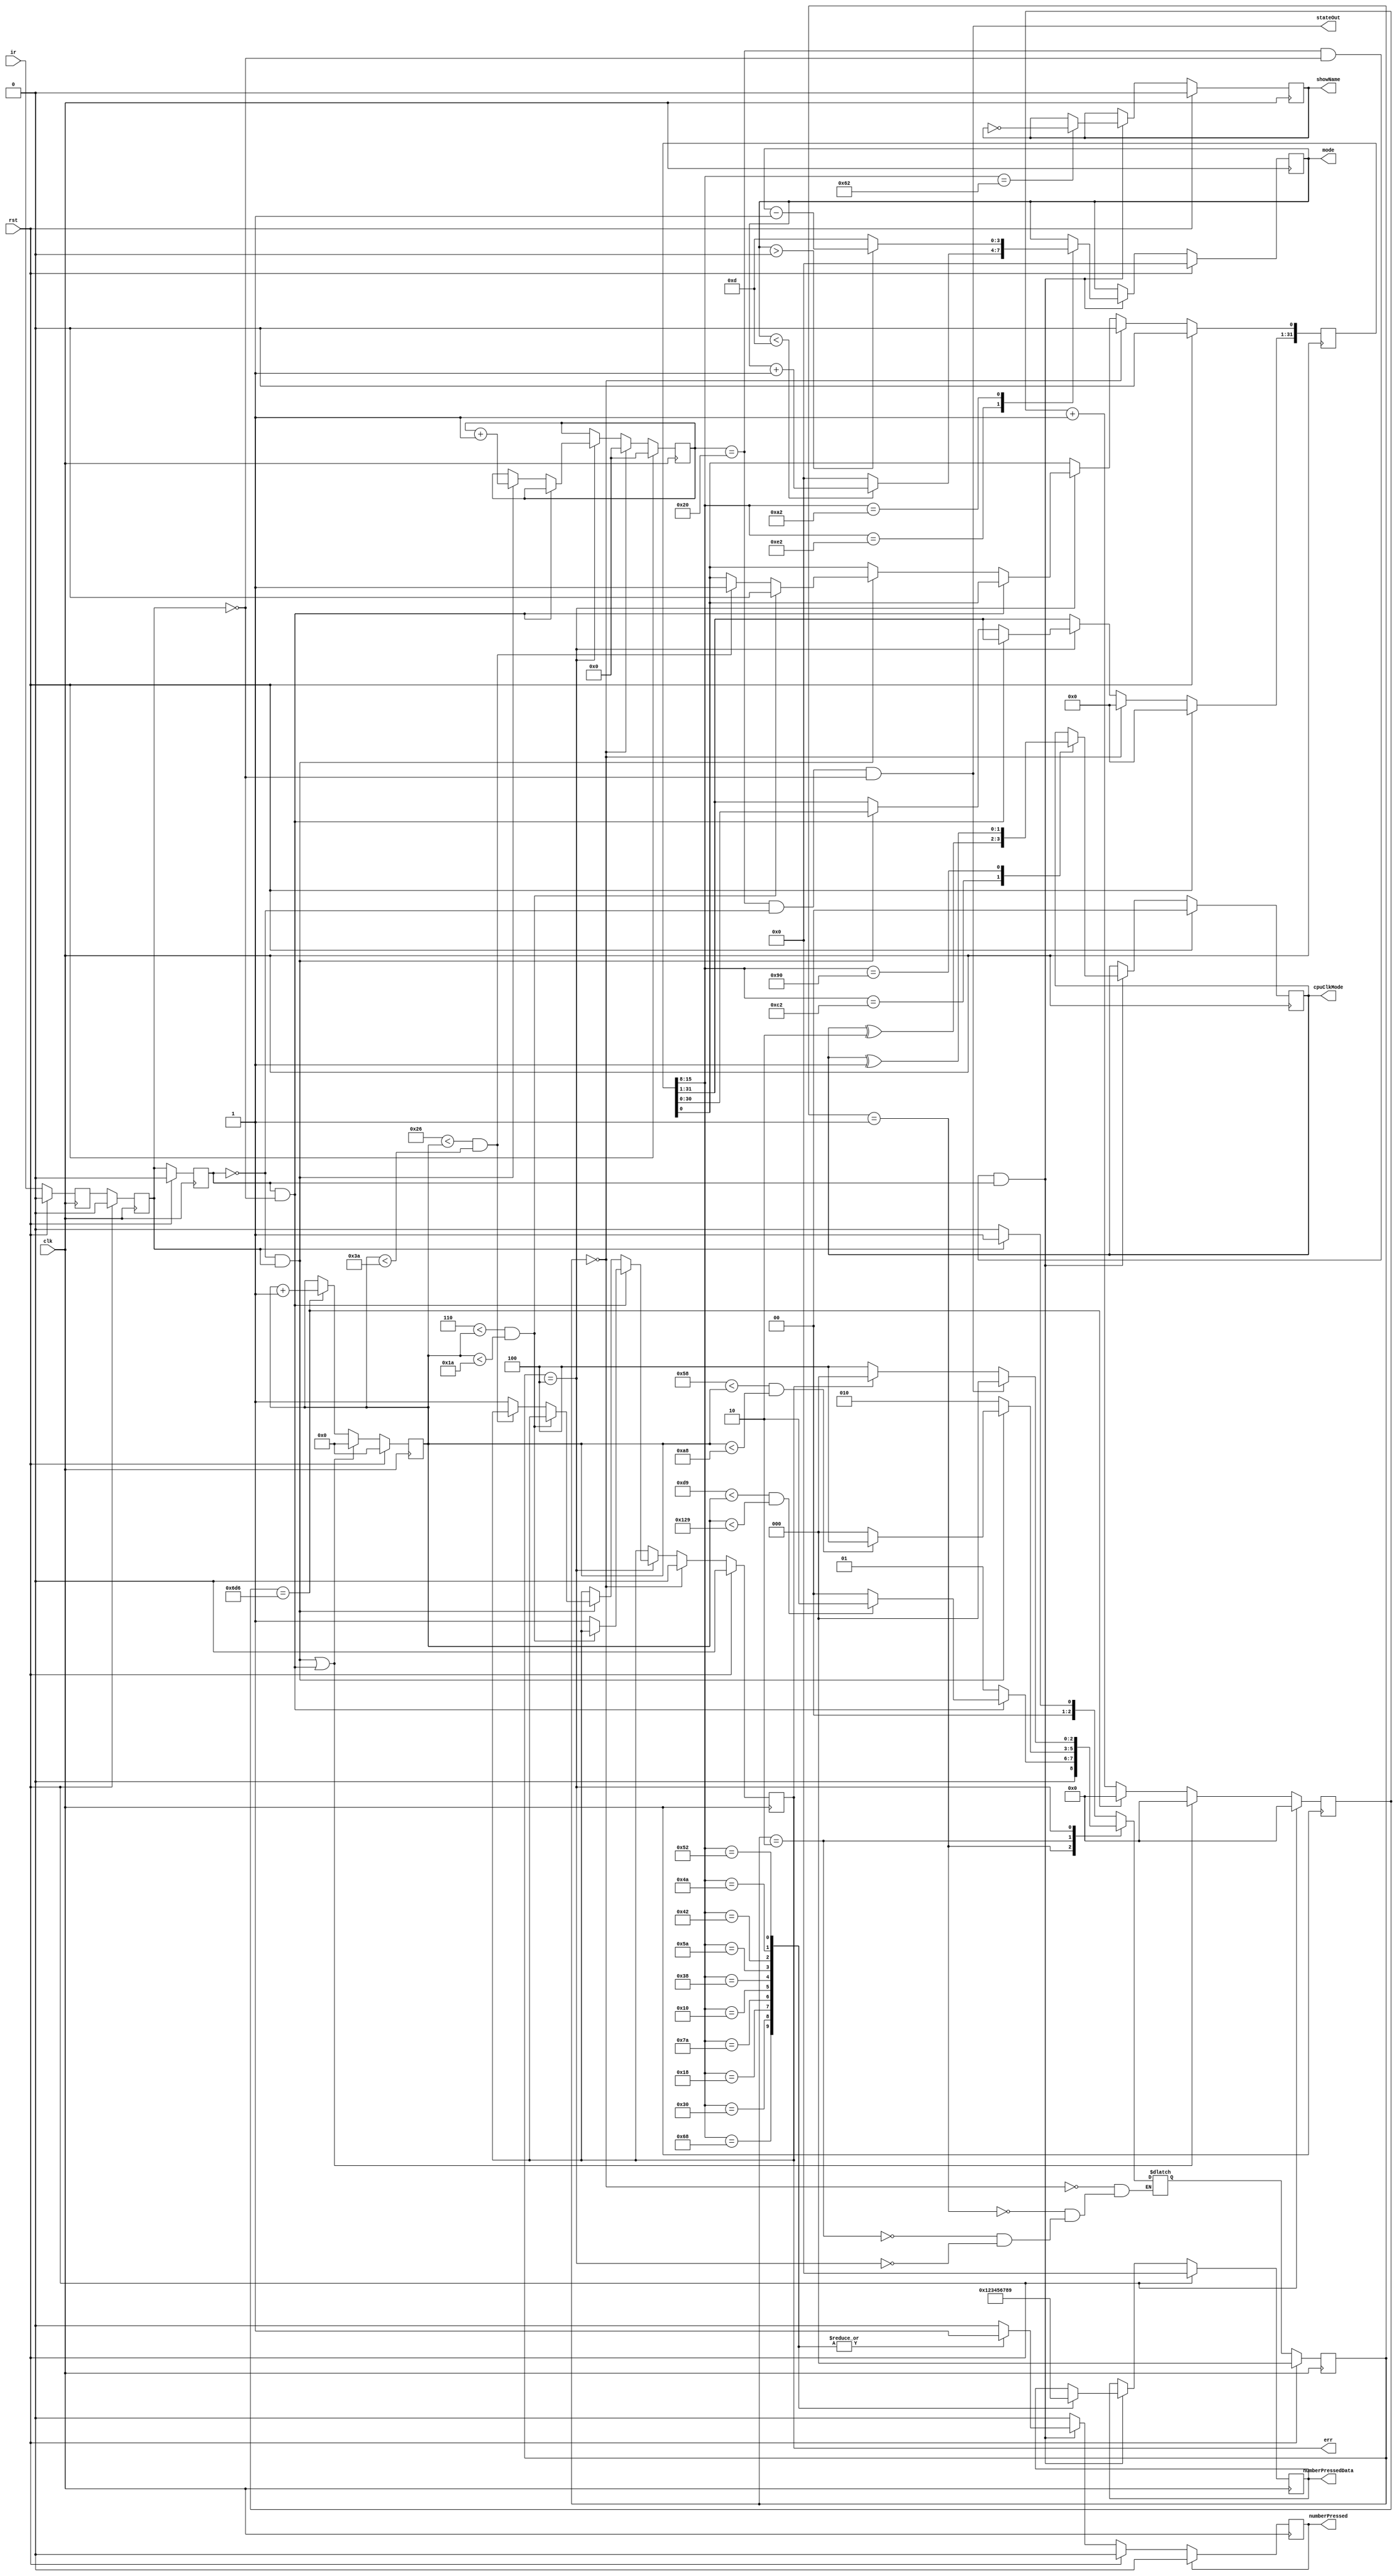
module DebugIR (
    input wire clk,
    input wire rst,
    input wire ir,
    output reg[3:0] mode,
    output reg showName,
    output reg err,
    output wire stateOut,
    output reg[1:0] cpuClkMode,
    output reg[3:0] numberPressedData,
    output reg numberPressed
    );
reg[31:0] irRead; 
reg[5:0] irDataPos; 
reg ir0, ir1, ir2; 
always @(posedge clk) begin
    if (rst) begin
        ir0 <= 1'b0;
        ir1 <= 1'b0;
        ir2 <= 1'b0;
    end
    else begin
        ir0 <= ir;
        ir1 <= ir0;
        ir2 <= ir1;
    end
end
wire irPosEdge = !ir2 && ir1;
wire irNegEdge = ir2 && !ir1;
wire irChange = irPosEdge || irNegEdge;
reg[10:0] counter1; 
reg[8:0] counter2; 
always @(posedge clk) begin
    if (rst)
        counter1 <= 11'b0;
    else if (irChange)
        counter1 <= 11'b0;
    else if (counter1 == 11'd1750)
        counter1 <= 11'b0;
    else
        counter1 <= counter1 + 11'b1;
end
always @(posedge clk) begin
    if (rst)
        counter2 <= 9'b0;
    else if (irChange)
        counter2 <= 9'b0;
    else if (counter1 == 11'd1750)
        counter2 <= counter2 + 9'b1;
end
wire check9ms = (217 < counter2) && (counter2 < 297); 
wire check4ms = (88 < counter2)  && (counter2 < 168); 
wire high     = (6 < counter2)   && (counter2 < 26);  
wire low      = (38 < counter2)  && (counter2 < 58);  
parameter   CHANNEL_MINUS = 8'hA2,
            CHANNEL = 8'h62,
            CHANNEL_PLUS = 8'hE2,
            PLAY = 8'hC2,
            EQ = 8'h90,
            N0 = 8'h68,
            N1 = 8'h30,
            N2 = 8'h18,
            N3 = 8'h7A,
            N4 = 8'h10,
            N5 = 8'h38,
            N6 = 8'h5A,
            N7 = 8'h42,
            N8 = 8'h4A,
            N9 = 8'h52;
parameter   IDLE = 3'b000,
            LEADING_9MS = 3'b001,
            LEADING_4MS = 3'b010,
            DATA_READ   = 3'b100;
reg[2:0] state;
reg[2:0] nextState;
always @(posedge clk) begin
    if (rst)
        state <= IDLE;
    else
        state <= nextState;
end
always @(*) begin
    case (state)
        IDLE:
            if (ir1)
                nextState = LEADING_9MS;
            else
                nextState = IDLE;
        LEADING_9MS:
            if (irNegEdge) begin
                if (check9ms)
                    nextState = LEADING_4MS;
                else
                    nextState = IDLE;
            end else
                nextState = LEADING_9MS;
        LEADING_4MS:
            if (irPosEdge) begin
                if (check4ms)
                    nextState = DATA_READ;
                else
                    nextState = IDLE;
            end else
                nextState = LEADING_4MS;
        DATA_READ:
            if ((irDataPos == 6'd32) && !ir2 && !ir1)
                nextState = IDLE;
            else if (err)
                nextState = IDLE;
            else
                nextState = DATA_READ;
    endcase
end
always @(posedge clk) begin
    if (rst) begin
        irDataPos <= 6'b0;
        irRead <= 32'b0;
        err <= 1'b0;
    end
    else if (state == IDLE) begin
        irDataPos <= 6'b0;
        irRead <= 32'b0;
        err <= 1'b0;
    end
    else if (state == DATA_READ) begin
        if (irNegEdge) begin
            if (!high)
                err <= 1'b1;
        end else if (irPosEdge) begin
            if (high)
                irRead[0] <= 1'b0;
            else if (low)
                irRead[0] <= 1'b1;
            else
                err <= 1'b1;
            irRead[31:1] <= irRead[30:0];
            irDataPos <= irDataPos + 6'b1;
        end
    end
end
always @(posedge clk) begin
    if (rst) begin
        showName <= 1'b0;
        mode <= 4'b0;
        cpuClkMode <= 2'd0;
        numberPressed <= 0;
        numberPressedData <= 4'd0;
    end else if ((irDataPos == 6'd32) && !ir1 && ir2) begin
        case (irRead[15:8])
            CHANNEL:
                showName <= !showName;
            CHANNEL_PLUS:
                if (mode < 4'd13)
                    mode <= mode + 1;
                else
                    mode <= 4'd0;
            CHANNEL_MINUS:
                if (mode > 4'd0)
                    mode <= mode - 1;
                else
                    mode <= 4'd13;
            PLAY:
                cpuClkMode <= cpuClkMode ^ 2'b10;
            EQ:
                cpuClkMode <= cpuClkMode ^ 2'b01;
            N0: begin
                numberPressed <= 1;
                numberPressedData <= 4'd0;
            end
            N1: begin
                numberPressed <= 1;
                numberPressedData <= 4'd1;
            end
            N2: begin
                numberPressed <= 1;
                numberPressedData <= 4'd2;
            end
            N3: begin
                numberPressed <= 1;
                numberPressedData <= 4'd3;
            end
            N4: begin
                numberPressed <= 1;
                numberPressedData <= 4'd4;
            end
            N5: begin
                numberPressed <= 1;
                numberPressedData <= 4'd5;
            end
            N6: begin
                numberPressed <= 1;
                numberPressedData <= 4'd6;
            end
            N7: begin
                numberPressed <= 1;
                numberPressedData <= 4'd7;
            end
            N8: begin
                numberPressed <= 1;
                numberPressedData <= 4'd8;
            end
            N9: begin
                numberPressed <= 1;
                numberPressedData <= 4'd9;
            end
        endcase
    end
    if (numberPressed)
        numberPressed <= 0;
end
assign stateOut = (irDataPos == 6'd32) && (!ir2) && (!ir1);
endmodule